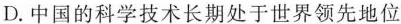
D.中国的科学技术长期处于世界领先地位